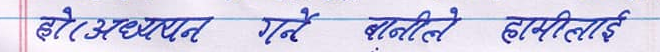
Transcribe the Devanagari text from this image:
होस अध्ययन गर्ने बानीले हामीलाई